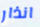
انذار